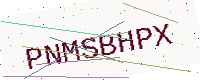
Text: PNMSBHPX